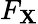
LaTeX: F_{\mathbf{X}}